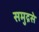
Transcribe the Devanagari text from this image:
समुद्रसे